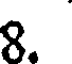
8.